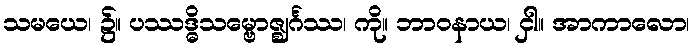
သမယေ၊ ၌။ ပဿဒ္ဓိသမ္ဗောဇ္ဈင်္ဂဿ၊ ကို။ ဘာဝနာယ၊ ငှါ။ အာကာလော၊